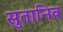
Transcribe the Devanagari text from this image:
सुतानिव